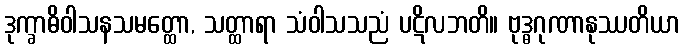
ဒုက္ခာဓိဝါသနသမတ္ထော, သတ္ထာရာ သံဝါသသညံ ပဋိလဘတိ။ ဗုဒ္ဓဂုဏာနုဿတိယာ